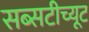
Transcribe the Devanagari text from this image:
सब्सटीच्यूट